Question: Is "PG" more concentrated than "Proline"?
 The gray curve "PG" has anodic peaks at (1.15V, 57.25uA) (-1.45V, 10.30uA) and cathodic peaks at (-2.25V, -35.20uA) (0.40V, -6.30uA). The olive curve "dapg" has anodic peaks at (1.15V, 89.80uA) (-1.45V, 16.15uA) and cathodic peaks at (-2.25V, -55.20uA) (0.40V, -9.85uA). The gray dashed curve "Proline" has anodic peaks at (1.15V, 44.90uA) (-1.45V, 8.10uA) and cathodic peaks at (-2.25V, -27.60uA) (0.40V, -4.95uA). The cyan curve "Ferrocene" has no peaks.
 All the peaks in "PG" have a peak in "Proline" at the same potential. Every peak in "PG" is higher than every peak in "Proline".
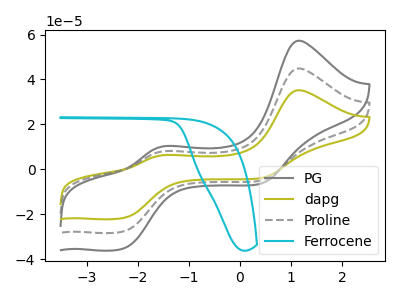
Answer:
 <answer>"PG" has more signal than "Proline" and so likely has a higher concentration.</answer>
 <eval>more_concentration</eval>